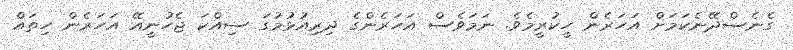
ގެނެސްދޭނެކަމަށް އަހަރެން ހީކުރީމެވެ. ނަމަވެސް އަހަރެންގެ ދިރިއުޅުމުގަ ސިއްކަ ޖެހުނީއޭ އަހަރެން ހިތައް